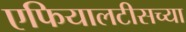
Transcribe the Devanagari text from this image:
एफियालटीसच्या